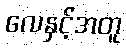
လေနှင့်အတူ